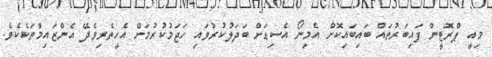
މިއީ ޕްރޮޓީން ފައިބަރުތައް ބައިބައިކޮށް އެމިނޯ އެސިޑަށް ބަދަލުކުރުވައި ހަޖަމުކުރުމަށް އެހީތެރިވެދޭ އެންޒައިމްތަކެކެވެ.